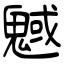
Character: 魊